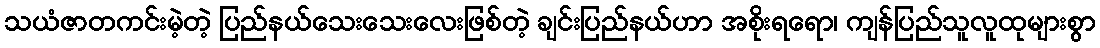
သယံဇာတကင်းမဲ့တဲ့ ပြည်နယ်သေးသေးလေးဖြစ်တဲ့ ချင်းပြည်နယ်ဟာ အစိုးရရော၊ ကျန်ပြည်သူလူထုများစွာ